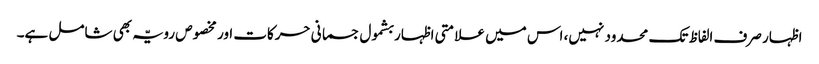
اظہار صرف الفاظ تک محدود نہیں، اس میں علامتی اظہار بشمول جسمانی حرکات اور مخصوص رویّہ بھی شامل ہے۔